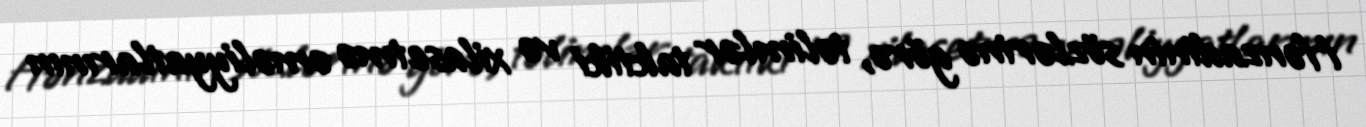
Hənzadinin sözlərinə görə, təlimlər taktiki və xilasetmə əməliyyatlarının